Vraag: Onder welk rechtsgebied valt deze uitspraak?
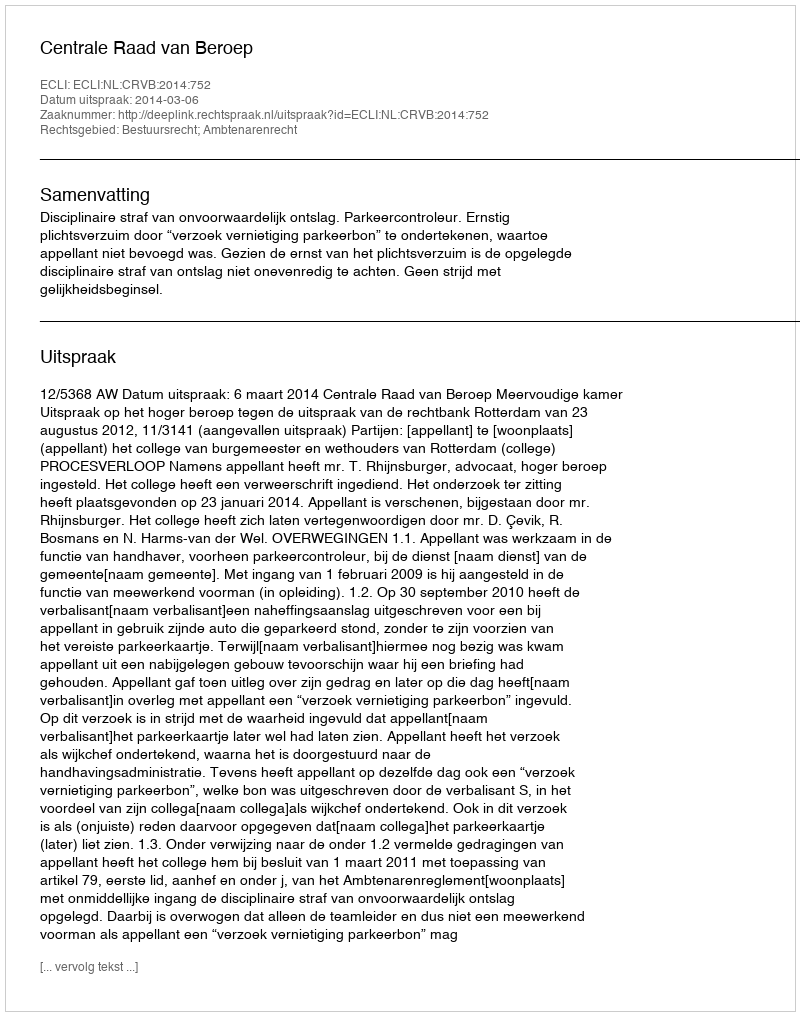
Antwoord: Bestuursrecht; Ambtenarenrecht